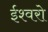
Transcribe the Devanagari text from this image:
ईश्वरो